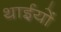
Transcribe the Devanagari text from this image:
थाईयों